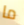
ما